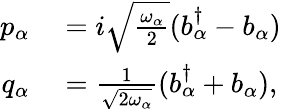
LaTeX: \begin{array}{rl}{p_{\alpha}}&{{}=i\sqrt{\frac{\omega_{\alpha}}{2}}(b_{\alpha}^{\dagger}-b_{\alpha})}\\ {q_{\alpha}}&{{}=\frac{1}{\sqrt{2\omega_{\alpha}}}(b_{\alpha}^{\dagger}+b_{\alpha}),}\end{array}